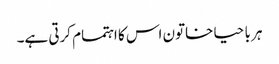
ہر با حیا خاتون اس کا اہتمام کرتی ہے۔